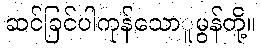
ဆင်ခြင်ပါကုန်သောူမွန်တို့။